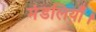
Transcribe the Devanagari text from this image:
मंडलियाँ।